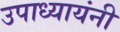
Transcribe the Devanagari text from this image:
उपाध्यायंनी